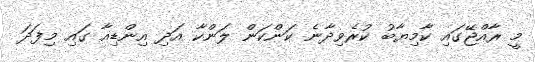
މީ ރާއްޖޭގައި ކާމިޔާބު ކުރެވިދާނެ ކަންކަން ލަންކާ އަދި އިންޑިއާ ގައި މިފަދަ